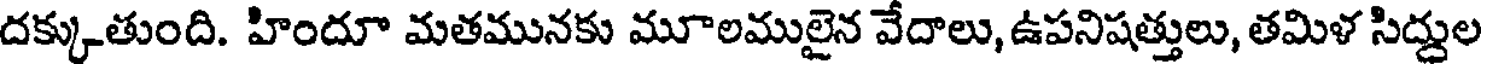
దక్కుతుంది. హిందూ మతమునకు మూలములైన వేదాలు, ఉపనిషత్తులు, తమిళ సిద్దుల